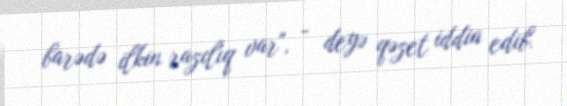
barədə ilkin razılıq var", - deyə qəzet iddia edib.